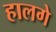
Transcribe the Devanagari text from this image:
हालगे